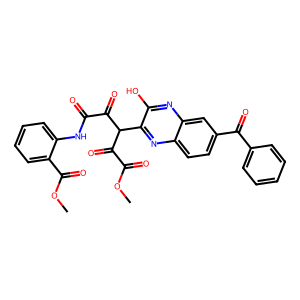
SMILES: COC(=O)C(=O)C(C(=O)C(=O)Nc1ccccc1C(=O)OC)c1nc2ccc(C(=O)c3ccccc3)cc2nc1O
Inhibits HIV replication: No